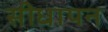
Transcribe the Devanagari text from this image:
सीधापन